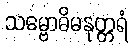
သမ္ဗောဓိမနုတ္တရံ